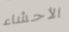
الأحشاء